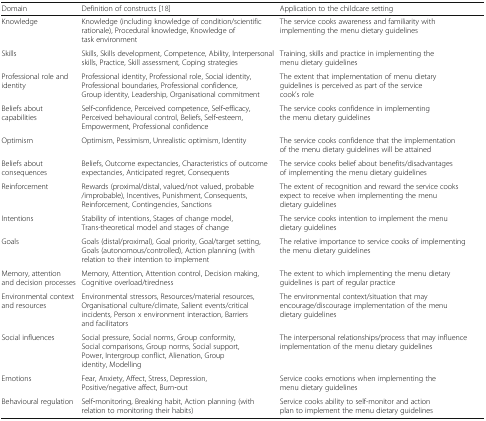
<table><thead><tr><td><b>Domain</b></td><td><b>Definition of constructs [18]</b></td><td><b>Application to the childcare setting</b></td></tr></thead><tbody><tr><td>Knowledge</td><td>Knowledge (including knowledge of condition/scientific rationale), Procedural knowledge, Knowledge of task environment</td><td>The service cooks awareness and familiarity with implementing the menu dietary guidelines</td></tr><tr><td>Skills</td><td>Skills, Skills development, Competence, Ability, Interpersonal skills, Practice, Skill assessment, Coping strategies</td><td>Training, skills and practice in implementing the menu dietary guidelines</td></tr><tr><td>Professional role and identity</td><td>Professional identity, Professional role, Social identity, Professional boundaries, Professional confidence, Group identity, Leadership, Organisational commitment</td><td>The extent that implementation of menu dietary guidelines is perceived as part of the service cook’s role</td></tr><tr><td>Beliefs about capabilities</td><td>Self‐confidence, Perceived competence, Self‐efficacy, Perceived behavioural control, Beliefs, Self‐esteem, Empowerment, Professional confidence</td><td>The service cooks confidence in implementing the menu dietary guidelines</td></tr><tr><td>Optimism</td><td>Optimism, Pessimism, Unrealistic optimism, Identity</td><td>The service cooks confidence that the implementation of the menu dietary guidelines will be attained</td></tr><tr><td>Beliefs about consequences</td><td>Beliefs, Outcome expectancies, Characteristics of outcome expectancies, Anticipated regret, Consequents</td><td>The service cooks belief about benefits/disadvantages of implementing the menu dietary guidelines</td></tr><tr><td>Reinforcement</td><td>Rewards (proximal/distal, valued/not valued, probable/improbable), Incentives, Punishment, Consequents, Reinforcement, Contingencies, Sanctions</td><td>The extent of recognition and reward the service cooks expect to receive when implementing the menu dietary guidelines</td></tr><tr><td>Intentions</td><td>Stability of intentions, Stages of change model, Trans-theoretical model and stages of change</td><td>The service cooks intention to implement the menu dietary guidelines</td></tr><tr><td>Goals</td><td>Goals (distal/proximal), Goal priority, Goal/target setting, Goals (autonomous/controlled), Action planning (with relation to their intention to implement</td><td>The relative importance to service cooks of implementing the menu dietary guidelines</td></tr><tr><td>Memory, attention and decision processes</td><td>Memory, Attention, Attention control, Decision making, Cognitive overload/tiredness</td><td>The extent to which implementing the menu dietary guidelines is part of regular practice</td></tr><tr><td>Environmental context and resources</td><td>Environmental stressors, Resources/material resources, Organisational culture/climate, Salient events/critical incidents, Person x environment interaction, Barriers and facilitators</td><td>The environmental context/situation that may encourage/discourage implementation of the menu dietary guidelines</td></tr><tr><td>Social influences</td><td>Social pressure, Social norms, Group conformity, Social comparisons, Group norms, Social support, Power, Intergroup conflict, Alienation, Group identity, Modelling</td><td>The interpersonal relationships/process that may influence implementation of the menu dietary guidelines</td></tr><tr><td>Emotions</td><td>Fear, Anxiety, Affect, Stress, Depression, Positive/negative affect, Burn‐out</td><td>Service cooks emotions when implementing the menu dietary guidelines</td></tr><tr><td>Behavioural regulation</td><td>Self‐monitoring, Breaking habit, Action planning (with relation to monitoring their habits)</td><td>Service cooks ability to self-monitor and action plan to implement the menu dietary guidelines</td></tr></tbody></table>